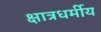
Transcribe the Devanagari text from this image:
क्षात्रधर्मीय